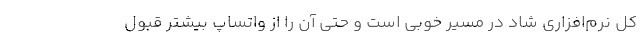
کل نرم‌افزاری شاد در مسیر خوبی است و حتی آن را از واتساپ بیشتر قبول